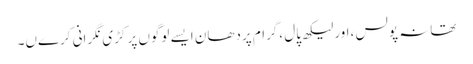
تھانہ پولس ،اور لیکھ پال ،گرام پردھان ایسے لوگوں پر کڑی نگرانی کرےں۔